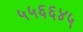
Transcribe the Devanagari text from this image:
५५६६४५